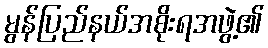
မွန်ပြည်နယ်အစိုးရအဖွဲ့၏